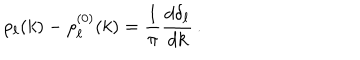
LaTeX: \rho _ { \ell } ( k ) - \rho _ { \ell } ^ { ( 0 ) } ( k ) = \frac { 1 } { \pi } \frac { d \delta _ { \ell } } { d k } \, .